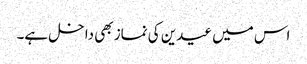
اس میں عیدین کی نماز بھی داخل ہے۔